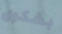
بشكوى